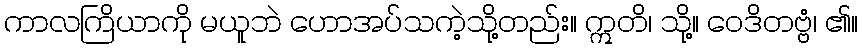
ကာလကြိယာကို မယူဘဲ ဟောအပ်သကဲ့သို့တည်း။ ဣတိ၊ သို့။ ဝေဒိတဗ္ဗံ၊ ၏။